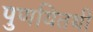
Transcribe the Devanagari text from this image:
पुणयितथी